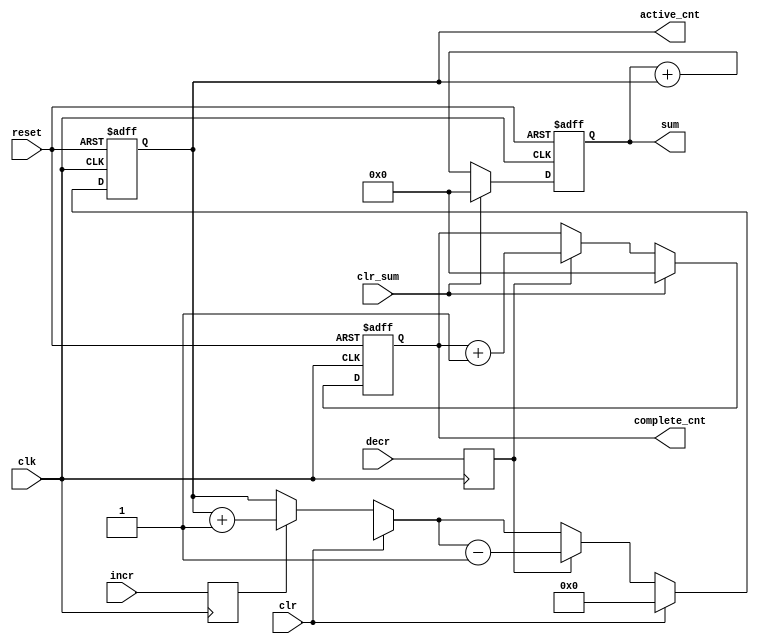
module nvme_perf_count#
  ( 
    parameter sum_width = 64,
    parameter active_width = 10
    )
   (
    input                     reset,
    input                     clk,

    // event count controls
    input                     incr, // start of event
    input                     decr, // end of event
    input                     clr, // clears active_cnt

    // results
    output [active_width-1:0] active_cnt,
    output    [sum_width-1:0] complete_cnt,
    output    [sum_width-1:0] sum,
    input                     clr_sum  // clear sum, complete_cnt
 
    );


   reg                        incr_q, decr_q;
   always @(posedge clk)
     begin
        incr_q <= incr;
        decr_q <= decr;
     end
   
   // counter incremented when event starts, decremented at end of event
   reg [9:0] active_cnt_q, active_cnt_d;

   // summation of active_cnt_q 
   reg [63:0] sum_q, sum_d;
 
   // count completed events (number of decrements)
   reg [63:0] complete_cnt_q, complete_cnt_d;
 
   always @(posedge clk or posedge reset)
     begin
        if( reset )
          begin
             active_cnt_q   <= '0;
             sum_q          <= '0;
             complete_cnt_q <= '0;          
          end
        else
          begin
             sum_q          <= sum_d;
             complete_cnt_q <= complete_cnt_d;
             active_cnt_q   <= active_cnt_d;   
          end
     end
   
   
   always @*
     begin
        if( clr )
          begin
             active_cnt_d = '0;
          end
        else
          begin
             active_cnt_d   = active_cnt_q;	
             
             // should handle overflow/underflow as error - counters will be wrong
             if( incr_q ) active_cnt_d = active_cnt_d + 'd1;
             if( decr_q ) active_cnt_d = active_cnt_d - 'd1;
          end

        if( clr_sum )
          begin
             complete_cnt_d = '0;
             sum_d = '0;
          end
        else
          begin
             if( decr_q )
               begin
                  complete_cnt_d = complete_cnt_q + 10'd1;
               end
             else
               begin
                  complete_cnt_d   = complete_cnt_q;
               end
             
             sum_d = sum_q + active_cnt_q;
          end
        
     end

   assign active_cnt = active_cnt_q;
   assign complete_cnt = complete_cnt_q;
   assign sum = sum_q;

   
endmodule